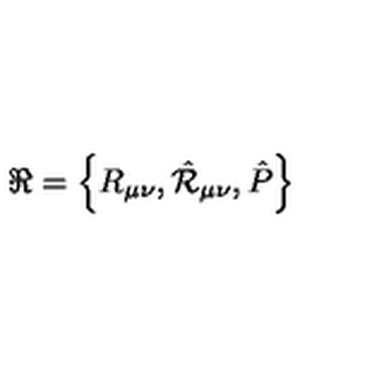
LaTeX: \Re = \left\{ R _ { \mu \nu } , { \hat { \cal R } } _ { \mu \nu } , { \hat { P } } \right\}